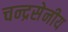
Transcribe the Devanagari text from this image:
चन्द्रसेनीय